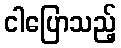
ငါပြောသည့်